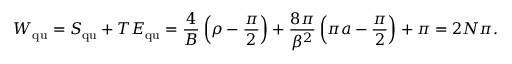
W _ { \mathrm { q u } } = S _ { \mathrm { q u } } + T { \cal E } _ { \mathrm { q u } } = \frac { 4 } { B } \left( \rho - \frac { \pi } { 2 } \right) + \frac { 8 \pi } { \beta ^ { 2 } } \left( \pi a - \frac { \pi } { 2 } \right) + \pi = 2 N \pi .